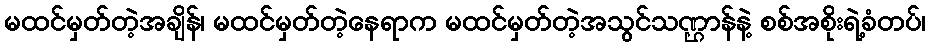
မထင်မှတ်တဲ့အချိန်၊ မထင်မှတ်တဲ့နေရာက မထင်မှတ်တဲ့အသွင်သဏ္ဌာန်နဲ့ စစ်အစိုးရဲ့ခံတပ်၊